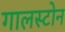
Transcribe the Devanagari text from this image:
गालस्टोन